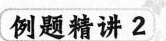
例题精讲2